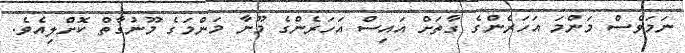
ނަމަވެސް މަންމަ އަހަރެންގެ ގާތަށް އައިސް އަހަރެންގެ މޫނާ މަންމަގެ މޫނުގާތް ކޮށްލިއެވެ.